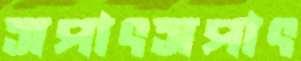
সপাৎসপাৎ